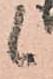
候